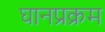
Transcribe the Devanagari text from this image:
घानप्रक्रम